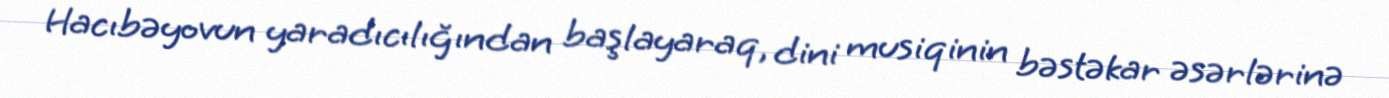
Hacıbəyovun yaradıcılığından başlayaraq, dini musiqinin bəstəkar əsərlərinə